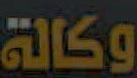
وكالة